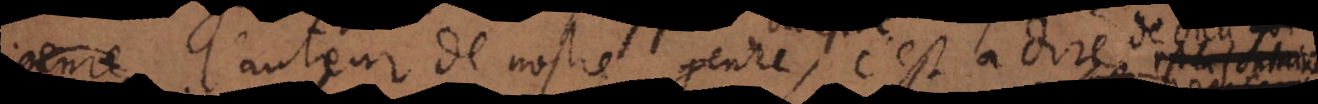
genre l’auteur de nostre genre, c’est à dire de